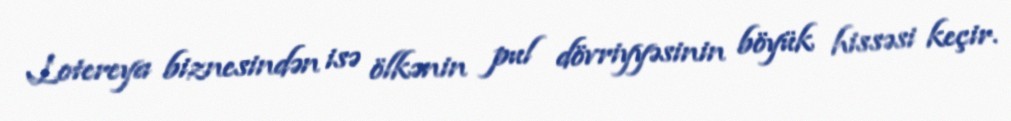
Lotereya biznesindən isə ölkənin pul dövriyyəsinin böyük hissəsi keçir.